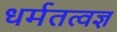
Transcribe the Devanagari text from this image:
धर्मतत्वज्ञ